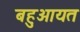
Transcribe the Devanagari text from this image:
बहुआयत